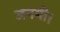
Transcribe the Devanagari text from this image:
जनमी।